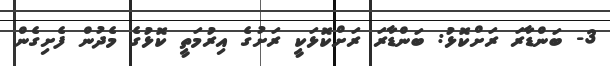
3- ބަންޑާރަ ރަށްކޮޅު: ބަންޑާރަ ރަށްކޮޅަކީ ރަށުގެ އިރުމަތީ ކޮޅުގެ މެދުން ފެށިގެން